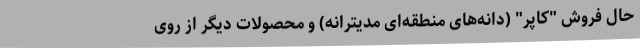
حال فروش "کاپر" (دانه‌های منطقه‌ای مدیترانه) و محصولات دیگر از روی